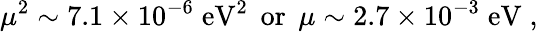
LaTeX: \mu^{2}\sim 7.1\times 10^{-6}\; \mathrm{eV}^{2}\; \, \mathrm{or}\, \; \mu\sim 2.7\times 10^{-3}\; \mathrm{eV}\; ,